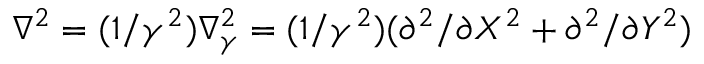
\nabla ^ { 2 } = ( 1 / \gamma ^ { 2 } ) \nabla _ { \gamma } ^ { 2 } = ( 1 / \gamma ^ { 2 } ) ( \partial ^ { 2 } / \partial X ^ { 2 } + \partial ^ { 2 } / \partial Y ^ { 2 } )